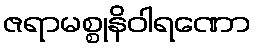
ဇရာမစ္စုနိဝါရဏော